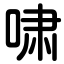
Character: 啸